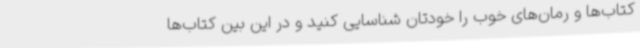
کتاب‌ها و رمان‌های خوب را خودتان شناسایی کنید و در این بین کتاب‌ها